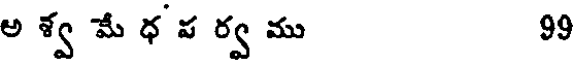
అ శ్వ మే ధ ప ర్వ ము 99